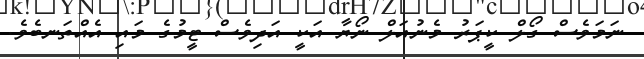
ނަމަވެސް ގޯލް ކީޕަރު މެނުއަލް ނޯޔާ އަކީ އަދިވެސް ޓީމުގެ މައި އެއްތަނބެވެ.